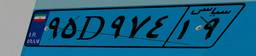
۹۰D۹۴۹۲۴